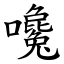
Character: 嚵